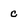
Character: c